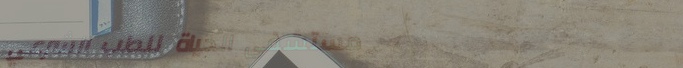
مستشفى الحياة للطب الشرعي